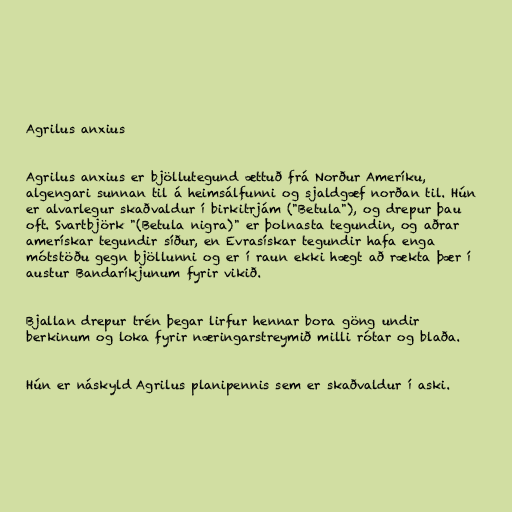
Agrilus anxius

Agrilus anxius er bjöllutegund ættuð frá Norður Ameríku,
algengari sunnan til á heimsálfunni og sjaldgæf norðan til. Hún
er alvarlegur skaðvaldur í birkitrjám ("Betula"), og drepur þau
oft. Svartbjörk "(Betula nigra)" er þolnasta tegundin, og aðrar
amerískar tegundir síður, en Evrasískar tegundir hafa enga
mótstöðu gegn bjöllunni og er í raun ekki hægt að rækta þær í
austur Bandaríkjunum fyrir vikið.

Bjallan drepur trén þegar lirfur hennar bora göng undir
berkinum og loka fyrir næringarstreymið milli rótar og blaða.

Hún er náskyld Agrilus planipennis sem er skaðvaldur í aski.